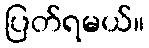
ပြတ်ရမယ်။